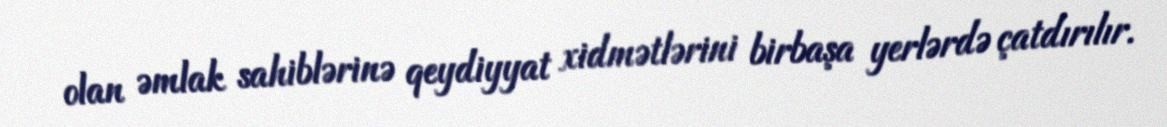
olan əmlak sahiblərinə qeydiyyat xidmətlərini birbaşa yerlərdə çatdırılır.